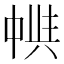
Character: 𠁵